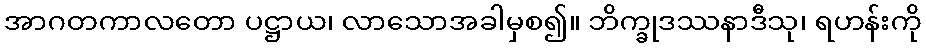
အာဂတကာလတော ပဋ္ဌာယ၊ လာသောအခါမှစ၍။ ဘိက္ခုဒဿနာဒီသု၊ ရဟန်းကို